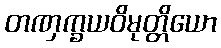
တဏှက္ခယဝိမုတ္တိယော